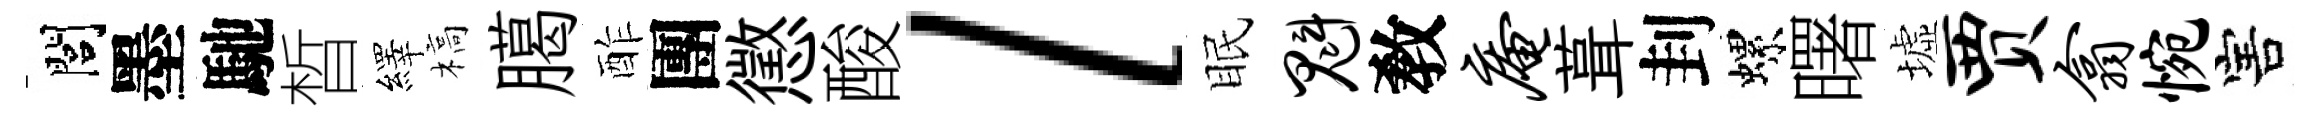
閭墨馳晳繹槁臈酢團懲酸l眠魁敎庵葺刲螺曙墟贾翕惋害